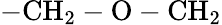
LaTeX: \mathrm{-CH_{2}-O-CH_{2}}